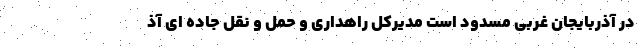
در آذربایجان غربی مسدود است مدیرکل راهداری و حمل و نقل جاده ای آذ